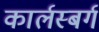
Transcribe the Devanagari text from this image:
कार्लस्बर्ग